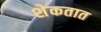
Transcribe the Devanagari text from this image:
शेकतात